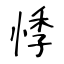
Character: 悸